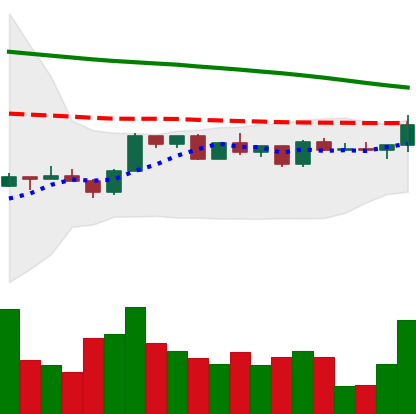
Ticker: ETH-USD
Chart end date: 2022-12-13
Forward return: -10.286%
Label: down_7plus